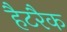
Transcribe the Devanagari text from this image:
हैटरैक